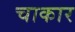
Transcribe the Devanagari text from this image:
चाकार